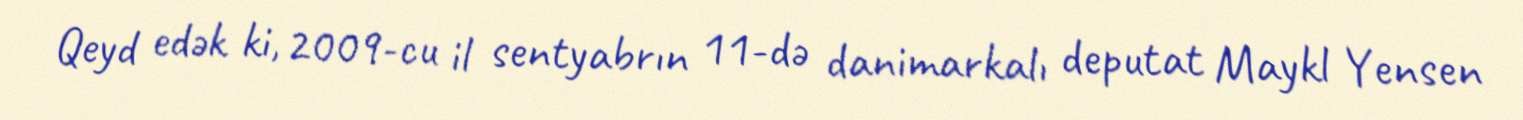
Qeyd edək ki, 2009-cu il sentyabrın 11-də danimarkalı deputat Maykl Yensen